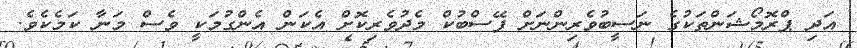
އަދި ޕްރޮމޯޝަންތަކުގެ ނަސީބުވެރިންނަށް ފޭސްބުކް މެދުވެރިކޮށް އެކަން އެންގުމަކީ ވެސް މަނާ ކަމެކެވެ.